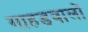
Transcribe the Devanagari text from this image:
गाहडवालों